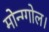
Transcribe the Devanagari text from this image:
मोन्ग्गोल।